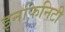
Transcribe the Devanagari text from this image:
इनफ़िनिटी